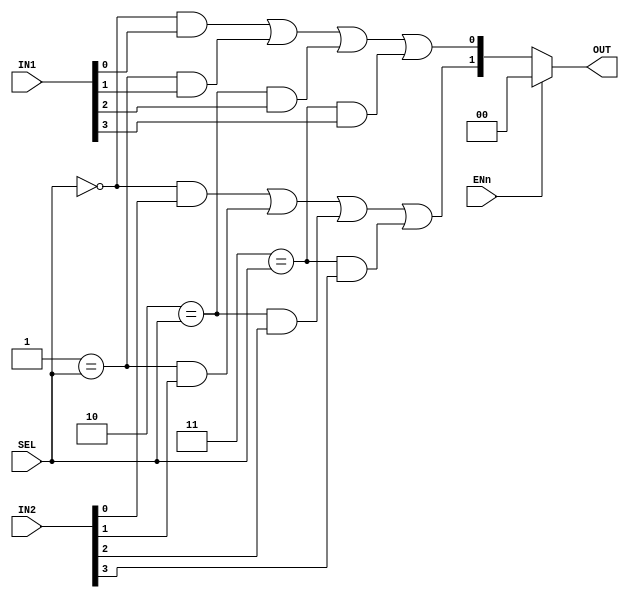
module M74HC153 (
    input  [3:0]                IN1,
    input  [3:0]                IN2,

    input                       ENn,
    input  [1:0]                SEL,

    output [1:0]                OUT
);

wire [1:0]                      tmp;

assign tmp[0] = (2'd0 == SEL[1:0]) & IN1[0]
              | (2'd1 == SEL[1:0]) & IN1[1]
              | (2'd2 == SEL[1:0]) & IN1[2]
              | (2'd3 == SEL[1:0]) & IN1[3];

assign tmp[1] = (2'd0 == SEL[1:0]) & IN2[0]
              | (2'd1 == SEL[1:0]) & IN2[1]
              | (2'd2 == SEL[1:0]) & IN2[2]
              | (2'd3 == SEL[1:0]) & IN2[3];

assign OUT[1:0] = ENn ? 2'b0 : tmp[1:0];

endmodule